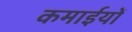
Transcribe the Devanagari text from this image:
कमाईयों